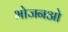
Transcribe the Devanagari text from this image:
भोजनओ